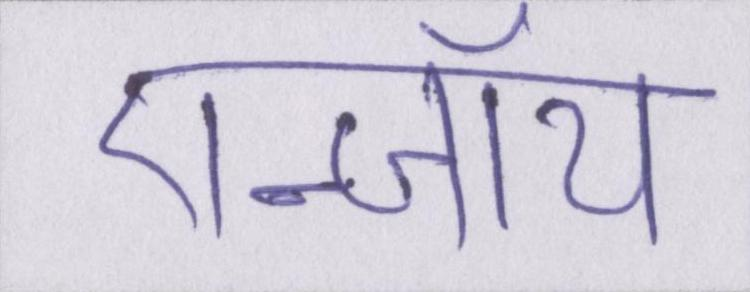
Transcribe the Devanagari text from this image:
एन्जॉय